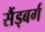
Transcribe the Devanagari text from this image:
सैंड्बर्ग